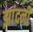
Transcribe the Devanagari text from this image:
झांदनी